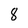
Character: 8